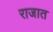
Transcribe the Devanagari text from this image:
राजात